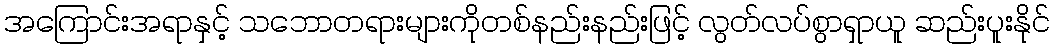
အကြောင်းအရာနှင့် သဘောတရားများကိုတစ်နည်းနည်းဖြင့် လွတ်လပ်စွာရှာယူ ဆည်းပူးနိုင်